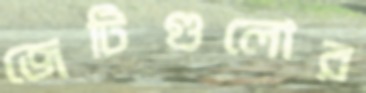
জেটিগুলোর